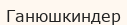
Ганюшкиндер